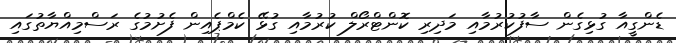
ޑެންގީއާ ގުޅިގެން ސާފުކުރުމާއި މަދިރި ކޮންޓްރޯލް ކުރުމާއި ގުޅޭ ކެމްޕެއިން ފެށުމުގެ ރަސްމިއްޔާތުގައި